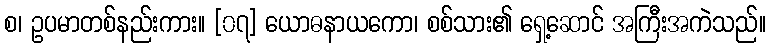
စ၊ ဥပမာတစ်နည်းကား။ [၀၇] ယောဓနာယကော၊ စစ်သား၏ ရှေ့ဆောင် အကြီးအကဲသည်။